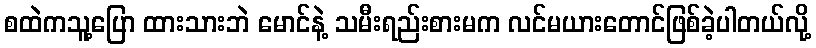
စထဲကသူ့ပြော ထားသားဘဲ မောင်နဲ့ သမီးရည်းစားမက လင်မယားတောင်ဖြစ်ခဲ့ပါတယ်လို့